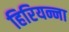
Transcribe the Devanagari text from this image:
हिरियन्ना